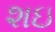
શઇ